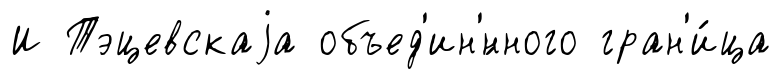
И Тэцевскаjа объед'ин'́нного гран'и́ца